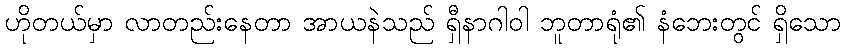
ဟိုတယ်မှာ လာတည်းနေတာ အာယနဲသည် ရှီနာဂါဝါ ဘူတာရုံ၏ နံဘေးတွင် ရှိသော